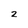
Character: 2